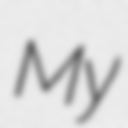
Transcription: My